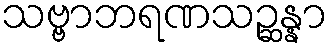
သဗ္ဗာဘရဏသဉ္ဆန္နာ